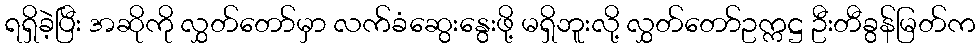
ရရှိခဲ့ပြီး အဆိုကို လွှတ်တော်မှာ လက်ခံဆွေးနွေးဖို့ မရှိဘူးလို့ လွှတ်တော်ဥက္ကဋ္ဌ ဦးတီခွန်မြတ်က